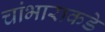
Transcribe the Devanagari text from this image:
चांभाराकडे